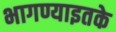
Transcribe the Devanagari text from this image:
भागण्याइतके